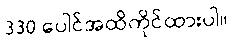
330 ပေါင်အထိကိုင်ထားပါ။